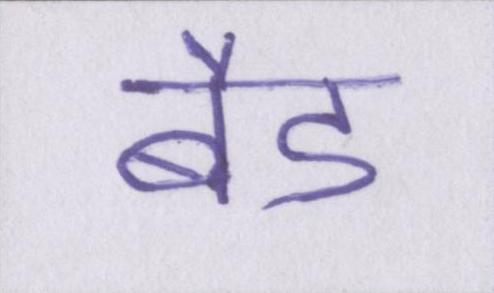
बैड